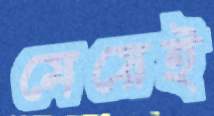
মেয়েই